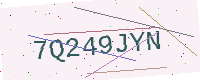
Text: 7Q249JYN